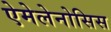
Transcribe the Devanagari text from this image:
ऐमेलेनोसिस